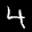
Label: 4